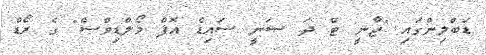
ޑަބްލިންގައި "ޖާނީ ޓް ދަ ސަނީ ސައިޑް އޮފް މޯލްޑިވްސް" ގެ ރޯޑް